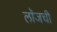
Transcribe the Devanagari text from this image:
लॉजची